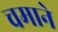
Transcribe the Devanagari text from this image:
चमाने